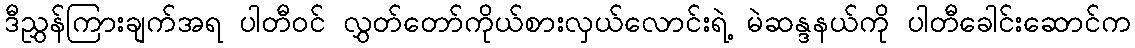
ဒီညွှန်ကြားချက်အရ ပါတီဝင် လွှတ်တော်ကိုယ်စားလှယ်လောင်းရဲ့ မဲဆန္ဒနယ်ကို ပါတီခေါင်းဆောင်က